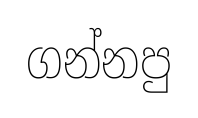
ගන්නපු